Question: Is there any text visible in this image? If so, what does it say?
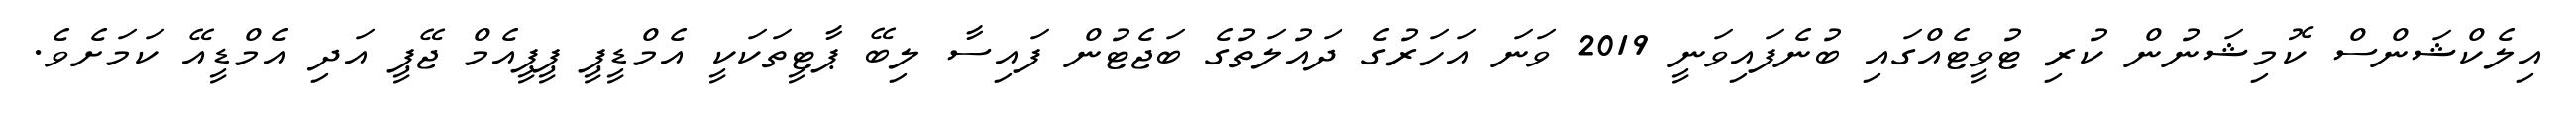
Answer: އިލެކްޝަންސް ކޮމިޝަނުން ކުރި ޓުވީޓެއްގައި ބުނެފައިވަނީ 2019 ވަނަ އަހަރުގެ ދައުލަތުގެ ބަޖެޓުން ފައިސާ ލިބޭ ޕާޓީތަކަކީ އެމްޑީޕީ ޕީޕީއެމް ޖޭޕީ އަދި އެމްޑީއޭ ކަމަށެވެ.